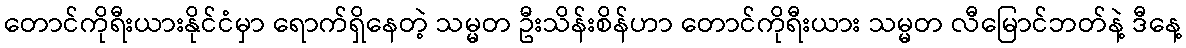
တောင်ကိုရီးယားနိုင်ငံမှာ ရောက်ရှိနေတဲ့ သမ္မတ ဦးသိန်းစိန်ဟာ တောင်ကိုရီးယား သမ္မတ လီမြောင်ဘတ်နဲ့ ဒီနေ့